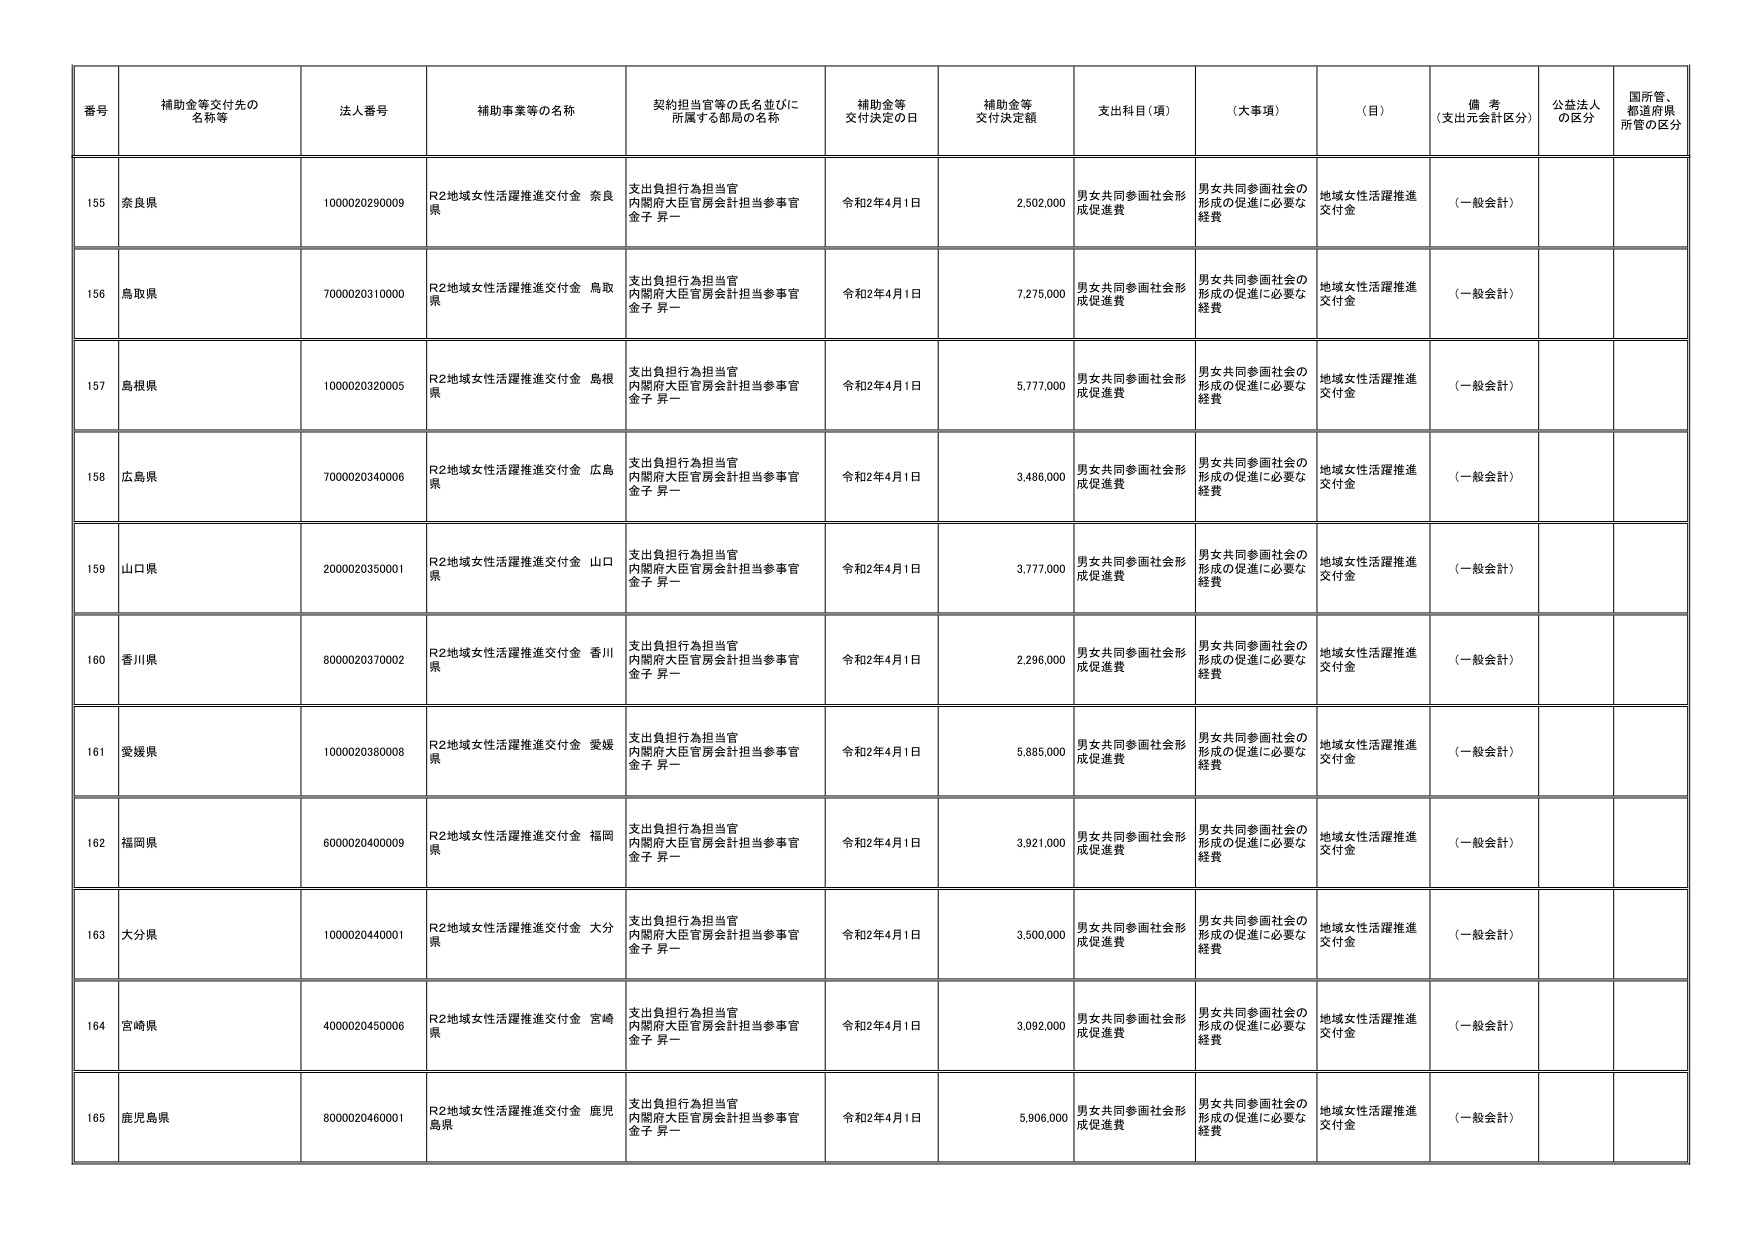
番号 補助金等交付先の名称等 法人番号 補助事業等の名称 契約担当官等の氏名並びに所属する部局の名称 補助金等交付決定の日 補助金等交付決定額 支出科目（項） （大事項） （目） 備考（支出元会計区分） 公益法人の区分 国所管、都道府県所管の区分
155 奈良県 1000020290009 R2地域女性活躍推進交付金 奈良県 支出負担行為担当官 内閣府大臣官房会計担当参事官 金子 昇一 令和2年4月1日 2,502,000 男女共同参画社会形成促進費 男女共同参画社会の形成の促進に必要な経費 地域女性活躍推進交付金 （一般会計）
156 鳥取県 7000020310000 R2地域女性活躍推進交付金 鳥取県 支出負担行為担当官 内閣府大臣官房会計担当参事官 金子 昇一 令和2年4月1日 7,275,000 男女共同参画社会形成促進費 男女共同参画社会の形成の促進に必要な経費 地域女性活躍推進交付金 （一般会計）
157 島根県 1000020320005 R2地域女性活躍推進交付金 島根県 支出負担行為担当官 内閣府大臣官房会計担当参事官 金子 昇一 令和2年4月1日 5,777,000 男女共同参画社会形成促進費 男女共同参画社会の形成の促進に必要な経費 地域女性活躍推進交付金 （一般会計）
158 広島県 7000020340006 R2地域女性活躍推進交付金 広島県 支出負担行為担当官 内閣府大臣官房会計担当参事官 金子 昇一 令和2年4月1日 3,486,000 男女共同参画社会形成促進費 男女共同参画社会の形成の促進に必要な経費 地域女性活躍推進交付金 （一般会計）
159 山口県 2000020350001 R2地域女性活躍推進交付金 山口県 支出負担行為担当官 内閣府大臣官房会計担当参事官 金子 昇一 令和2年4月1日 3,777,000 男女共同参画社会形成促進費 男女共同参画社会の形成の促進に必要な経費 地域女性活躍推進交付金 （一般会計）
160 香川県 8000020370002 R2地域女性活躍推進交付金 香川県 支出負担行為担当官 内閣府大臣官房会計担当参事官 金子 昇一 令和2年4月1日 2,296,000 男女共同参画社会形成促進費 男女共同参画社会の形成の促進に必要な経費 地域女性活躍推進交付金 （一般会計）
161 愛媛県 1000020380008 R2地域女性活躍推進交付金 愛媛県 支出負担行為担当官 内閣府大臣官房会計担当参事官 金子 昇一 令和2年4月1日 5,885,000 男女共同参画社会形成促進費 男女共同参画社会の形成の促進に必要な経費 地域女性活躍推進交付金 （一般会計）
162 福岡県 6000020400009 R2地域女性活躍推進交付金 福岡県 支出負担行為担当官 内閣府大臣官房会計担当参事官 金子 昇一 令和2年4月1日 3,921,000 男女共同参画社会形成促進費 男女共同参画社会の形成の促進に必要な経費 地域女性活躍推進交付金 （一般会計）
163 大分県 1000020440001 R2地域女性活躍推進交付金 大分県 支出負担行為担当官 内閣府大臣官房会計担当参事官 金子 昇一 令和2年4月1日 3,500,000 男女共同参画社会形成促進費 男女共同参画社会の形成の促進に必要な経費 地域女性活躍推進交付金 （一般会計）
164 宮崎県 4000020450006 R2地域女性活躍推進交付金 宮崎県 支出負担行為担当官 内閣府大臣官房会計担当参事官 金子 昇一 令和2年4月1日 3,092,000 男女共同参画社会形成促進費 男女共同参画社会の形成の促進に必要な経費 地域女性活躍推進交付金 （一般会計）
165 鹿児島県 8000020460001 R2地域女性活躍推進交付金 鹿児島県 支出負担行為担当官 内閣府大臣官房会計担当参事官 金子 昇一 令和2年4月1日 5,906,000 男女共同参画社会形成促進費 男女共同参画社会の形成の促進に必要な経費 地域女性活躍推進交付金 （一般会計）